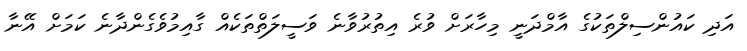
އަދި ކައުންސިލްތަކުގެ އާމްދަނީ މިހާރަށް ވުރެ އިތުރުވާނެ ވަސީލަތްތަކެއް ގާއިމުވެގެންދާނެ ކަމަށް އޭނާ